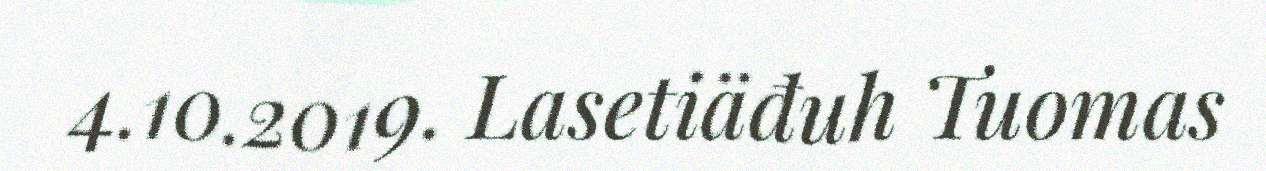
4.10.2019. Lasetiäđuh Tuomas